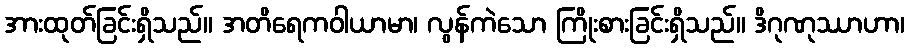
အားထုတ်ခြင်းရှိသည်။ အတိရေကဝါယာမာ၊ လွန်ကဲသော ကြိုးစားခြင်းရှိသည်။ ဒိဂုဏုဿာဟာ၊